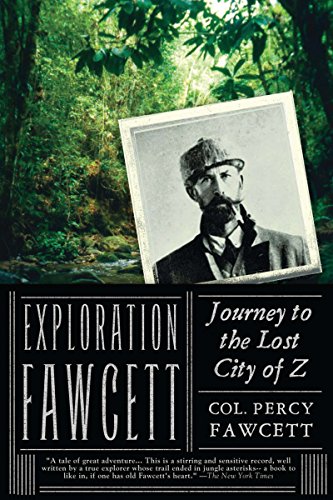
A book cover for Exploration Fawcett: Journey to the Lost City of Z; Percy Fawcett; History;